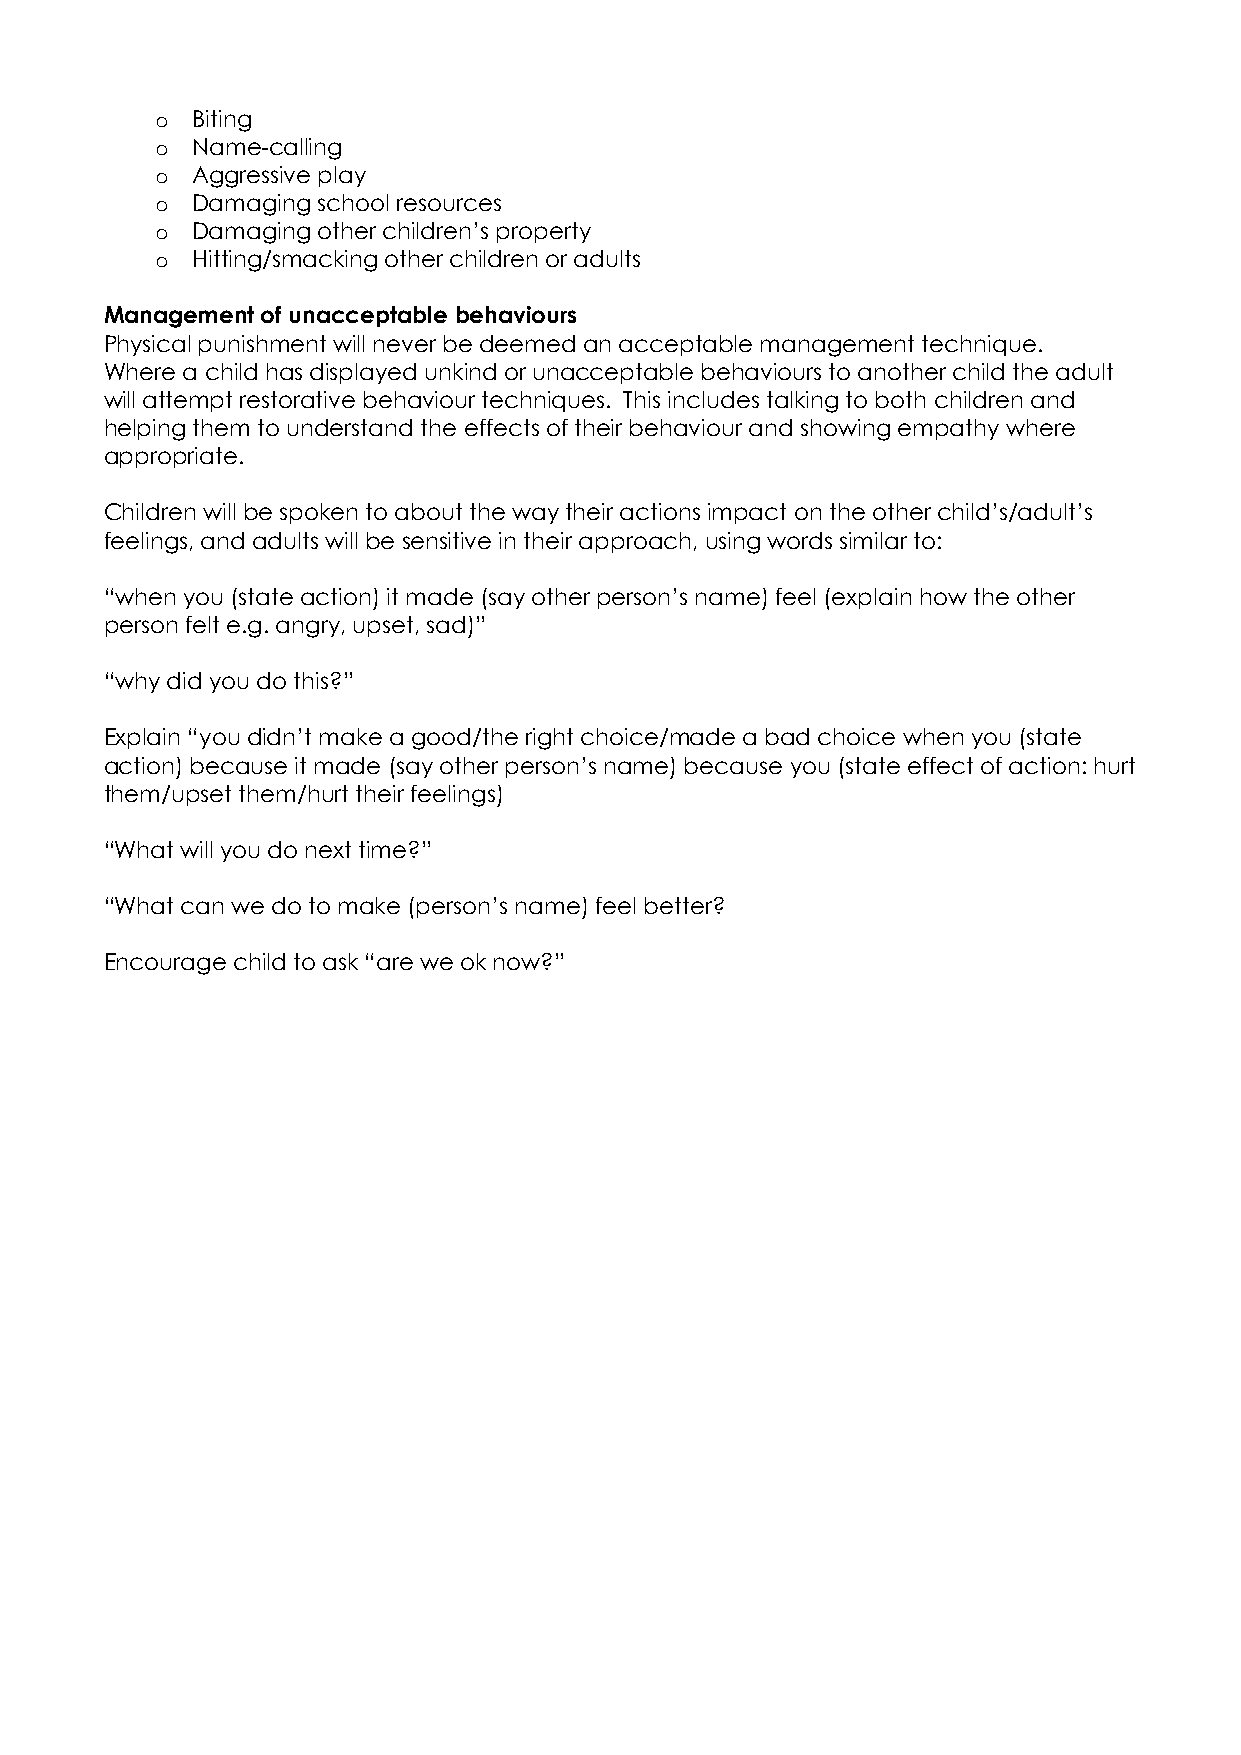
o  Biting
 o  Name-calling
 o  Aggressive play
 o  Damaging school resources
 o  Damaging other children’s property
 o  Hitting/smacking other children or adults
 Management of unacceptable behaviours
 Physical punishment will never be deemed an acceptable management technique.
 Where a child has displayed unkind or unacceptable behaviours to another child the adult
 will attempt restorative behaviour techniques. This includes talking to both children and
 helping them to understand the effects of their behaviour and showing empathy where
 appropriate.
 Children will be spoken to about the way their actions impact on the other child’s/adult’s
 feelings, and adults will be sensitive in their approach, using words similar to:
 “when you (state action) it made (say other person’s name) feel (explain how the other
 person felt e.g. angry, upset, sad)”
 “why did you do this?”
 Explain “you didn’t make a good/the right choice/made a bad choice when you (state
 action) because it made (say other person’s name) because you (state effect of action: hurt
 them/upset them/hurt their feelings)
 “What will you do next time?”
 “What can we do to make (person’s name) feel better?
 Encourage child to ask “are we ok now?”